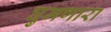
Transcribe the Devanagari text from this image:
घुमणारा